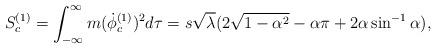
LaTeX: \begin{align*}S^{(1)}_c=\int^{\infty}_{-\infty}m ({\dot{\phi}}^{(1)}_c)^2 d\tau= s\sqrt\lambda(2\sqrt{1-\alpha^2}-\alpha\pi +2\alpha\sin^{-1}\alpha),\end{align*}